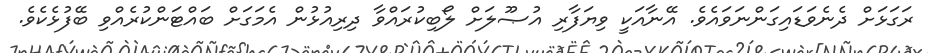
ރަގަޅަށް ދެނެވަޑައިގަންނަވައެވެ. އޭނާއަކީ ވިޔަފާރި އުޞޫލަށް ލޯބިކުރައްވާ ދިރިއުޅުން އެމަގަށް ބައްޓަންކުރެއްވި ބޭފުޅެކެވެ.